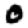
Digit: 0